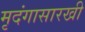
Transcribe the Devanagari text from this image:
मृदंगासारखी